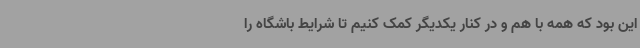
این بود که همه با هم و در کنار یکدیگر کمک کنیم تا شرایط باشگاه را